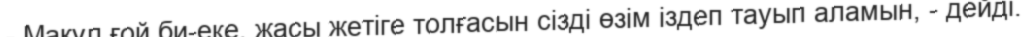
- Мақұл ғой би-еке, жасы жетіге толғасын сізді өзім іздеп тауып аламын, - дейді.